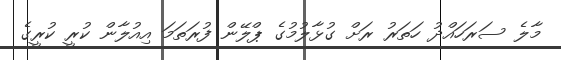
މާލެ ސަރަހައްދު ހަތަރު ރަށް ގުޅާލުމުގެ ޕްލޭން ފުރަތަމަ އިއުލާން ކުރީ ކުރީގެ